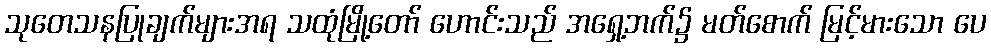
သုတေသနပြုချက်များအရ သထုံမြို့တော် ဟောင်းသည် အရှေ့ဘက်၌ မတ်စောက် မြင့်မားသော ပေ